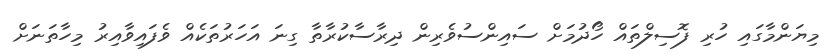
މިޔަންމާގައި ހުރި ފޮސިލްތައް ހޯދުމަށް ސައިންސުވެރިން ދިރާސާކުރާތާ ގިނަ އަހަރުތަކެއް ވެފައިވާއިރު މިހާތަނަށް